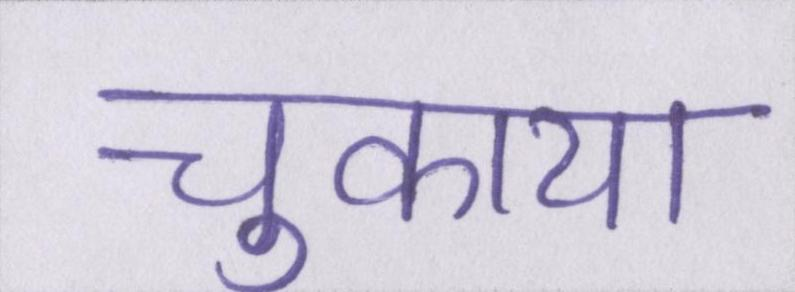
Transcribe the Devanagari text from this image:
चुकाया